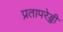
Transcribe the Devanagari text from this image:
प्रतापरेड्डी